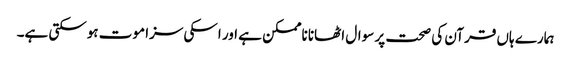
ہمارے ہاں قرآن کی صحت پر سوال اٹھانا ناممکن ہے اور اسکی سزا موت ہوسکتی ہے۔